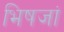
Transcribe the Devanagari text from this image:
भिषजां